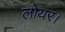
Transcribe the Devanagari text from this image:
लोयर।